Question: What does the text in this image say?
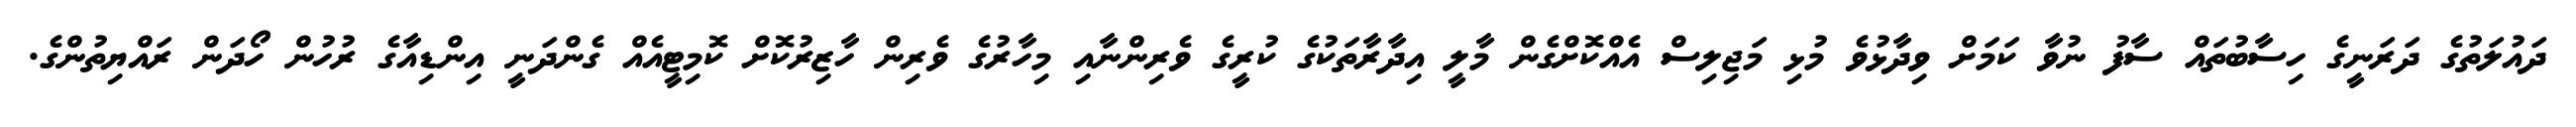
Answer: ދައުލަތުގެ ދަރަނީގެ ހިސާބުތައް ސާފު ނުވާ ކަމަށް ވިދާޅުވެ މުޅި މަޖިލިސް އެއްކޮށްގެން މާލީ އިދާރާތަކުގެ ކުރީގެ ވެރިންނާއި މިހާރުގެ ވެރިން ހާޒިރުކޮށް ކޮމިޓީއެއް ގެންދަނީ އިންޑިއާގެ ރުހުން ހޯދަން ރައްޔިތުންގެ.